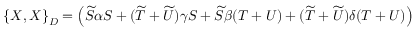
\left\{ X , X \right\} _ { D } = \left( \widetilde { S } \alpha S + ( \widetilde { T } + \widetilde { U } ) \gamma S + \widetilde { S } \beta ( T + U ) + ( \widetilde { T } + \widetilde { U } ) \delta ( T + U ) \right)